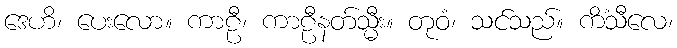
ဒေဟိ၊ ပေးလော။ ကာဠီ၊ ကာဠီနတ်သ္မီး။ တုဝံ၊ သင်သည်။ ကိံသီလေ၊